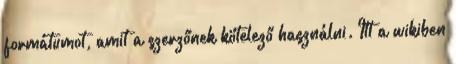
formátumot, amit a szerzőnek kötelező használni. Itt a wikiben